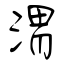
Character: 渭